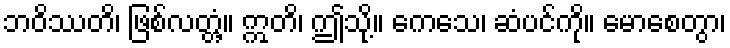
ဘဝိဿတိ၊ ဖြစ်လတ္တံ့။ ဣတိ၊ ဤသို့။ ကေသေ၊ ဆံပင်ကို။ မောစေတွာ၊